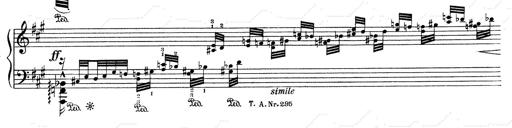
Title: Mephisto Waltz No.1
Composer: Franz Liszt